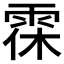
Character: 𩂯